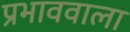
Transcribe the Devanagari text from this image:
प्रभाववाला